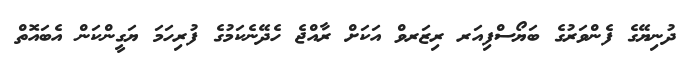
ދުނިޔޭގެ ފެންވަރުގެ ބަޔޯސްފިއަރ ރިޒަރވް އަކަށް ރާއްޖެ ހެދޭނެކަމުގެ ފުރިހަމަ ޔަގީންކަން އެބައޮތް